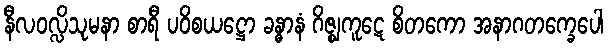
နီလဝလ္လိသုမနာ စာရီ ပဝိစယဋ္ဌော ခန္ဓာနံ ဂိဇ္ဈကူဋေ စိတကော အနာဂတက္ခေပေါ